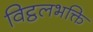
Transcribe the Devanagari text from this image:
विट्ठलभक्ति